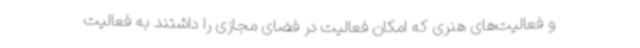
و فعالیت‌های هنری که امکان فعالیت در فضای مجازی را داشتند به فعالیت